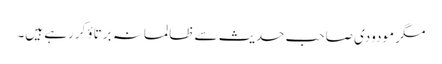
مگر مودودی صاحب حدیث سے ظالمانہ برتاؤ کررہے ہیں۔